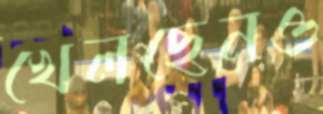
খেলছেনও